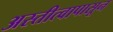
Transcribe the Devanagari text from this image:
अस्तीत्वापासून